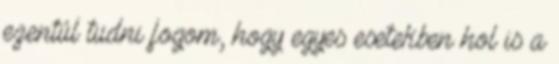
ezentúl tudni fogom, hogy egyes esetekben hol is a